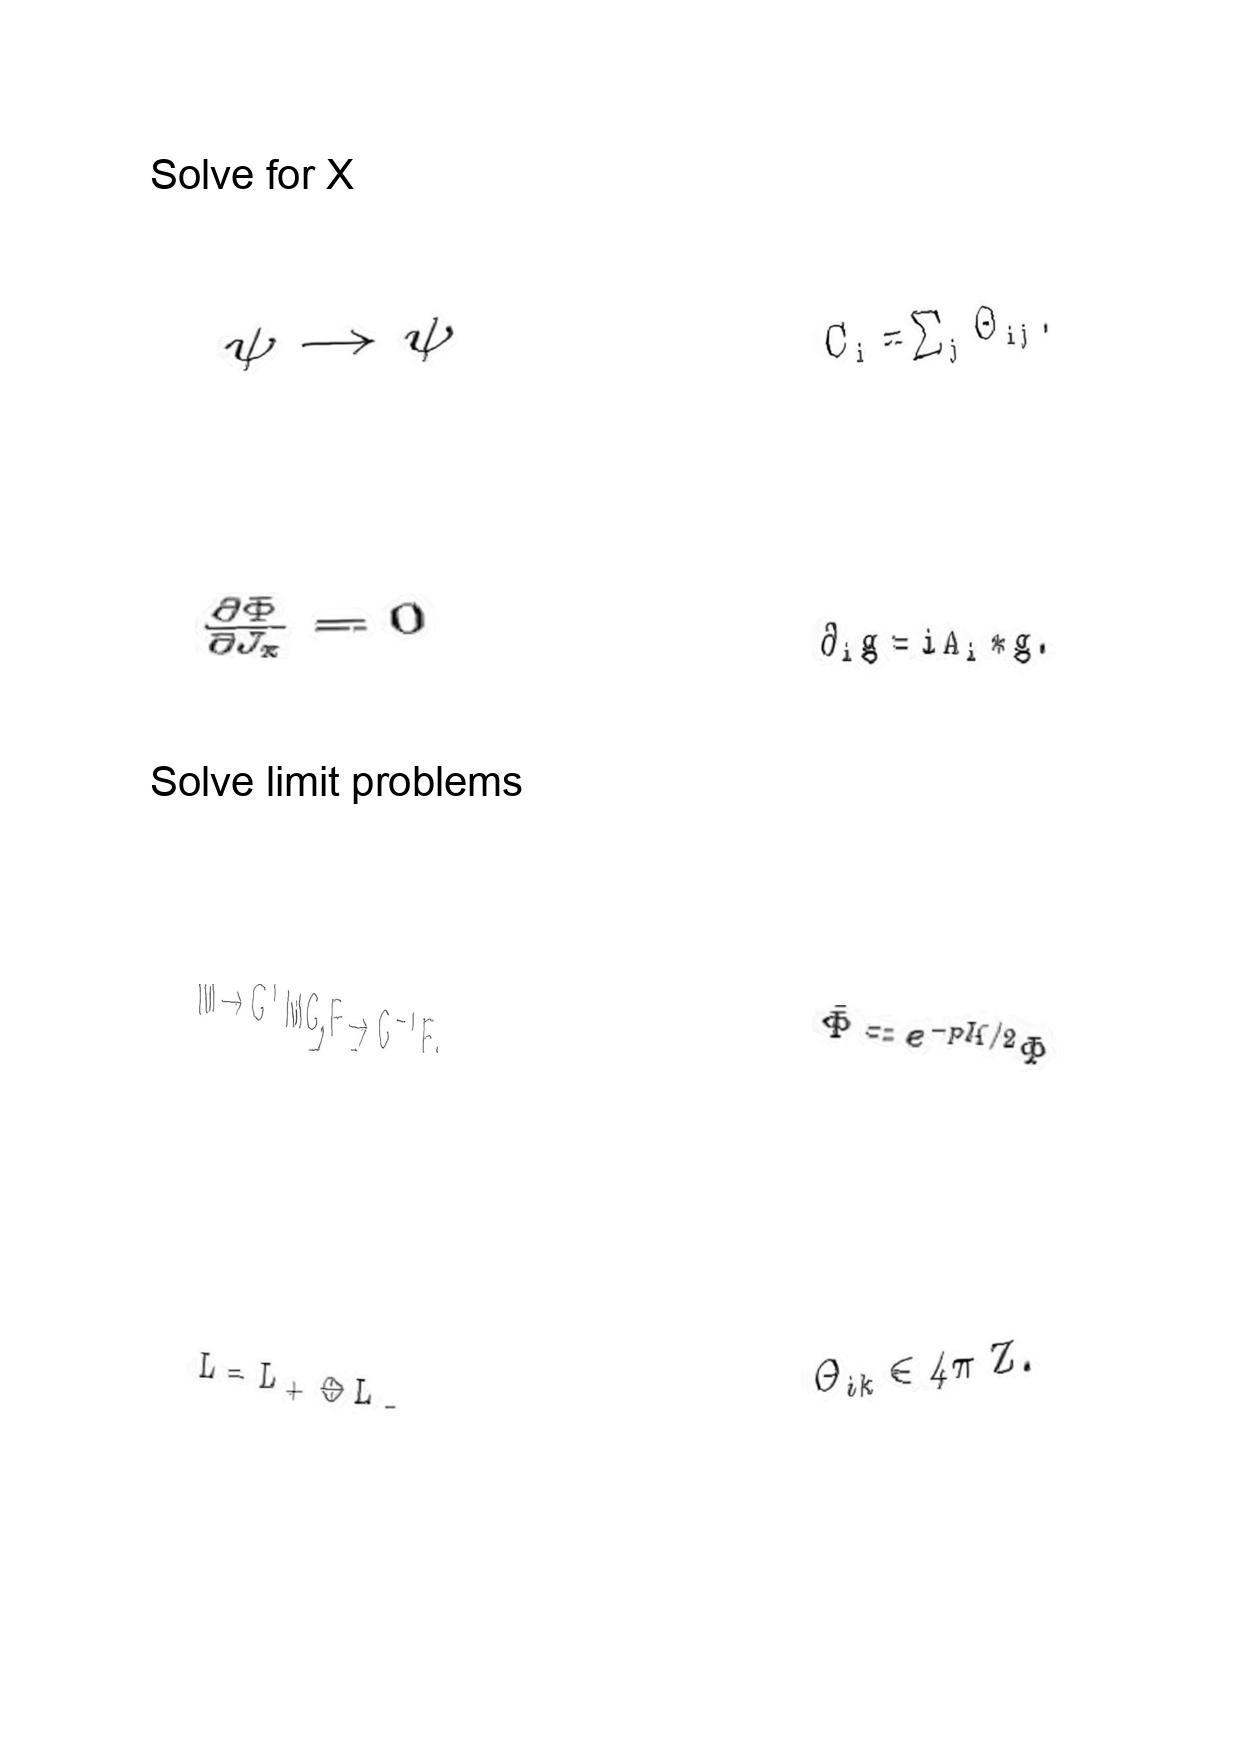
LaTeX transcription:
\psi \rightarrow \psi
\frac { \partial \Phi } { \partial J _ { x } } = 0
M \to G ^ { T } M G , F \to G ^ { - 1 } F ,
L = L _ { + } \oplus L _ { - }
C _ { i } = \sum _ { j } \Theta _ { i j } .
\partial _ { i } g = i A _ { i } \ast g .
\tilde { \Phi } = e ^ { - p K / 2 } \Phi
\Theta _ { i k } \in 4 \pi \mathrm { \space Z } .